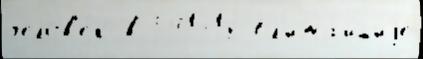
челов'е́к в 541318 Бл'ижа́йшиjе